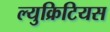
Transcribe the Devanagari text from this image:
ल्युक्रिटियस